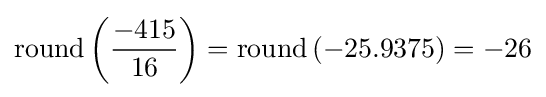
\mathrm {round} \left({\frac {-415}{16}}\right)=\mathrm {round} \left(-25.9375\right)=-26